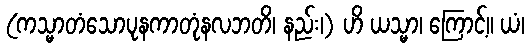
(ကသ္မာတံသောပုနကာတုံနလဘတိ၊ နည်း၊) ဟိ ယသ္မာ၊ ကြောင့်။ ယံ၊